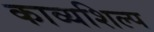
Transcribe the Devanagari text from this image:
काव्यशिल्प